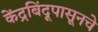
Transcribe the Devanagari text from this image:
केंद्रबिंदूपासूनचे